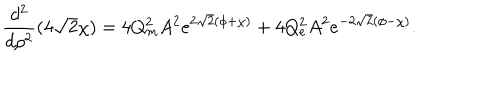
\frac { d ^ { 2 } } { d \rho ^ { 2 } } ( 4 \sqrt { 2 } \chi ) = 4 Q _ { m } ^ { 2 } A ^ { 2 } e ^ { 2 \sqrt { 2 } ( \phi + \chi ) } + 4 Q _ { e } ^ { 2 } A ^ { 2 } e ^ { - 2 \sqrt { 2 } ( \phi - \chi ) } .